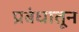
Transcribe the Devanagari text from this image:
प्रबंधातून